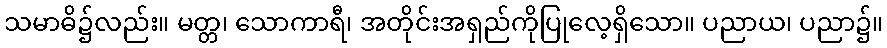
သမာဓိ၌လည်း။ မတ္တ၊ သောကာရီ၊ အတိုင်းအရှည်ကိုပြုလေ့ရှိသော။ ပညာယ၊ ပညာ၌။